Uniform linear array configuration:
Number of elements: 24
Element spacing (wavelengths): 0.25
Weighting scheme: blackman
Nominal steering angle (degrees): -45
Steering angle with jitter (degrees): -44.961
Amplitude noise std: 0.05
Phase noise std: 0.05

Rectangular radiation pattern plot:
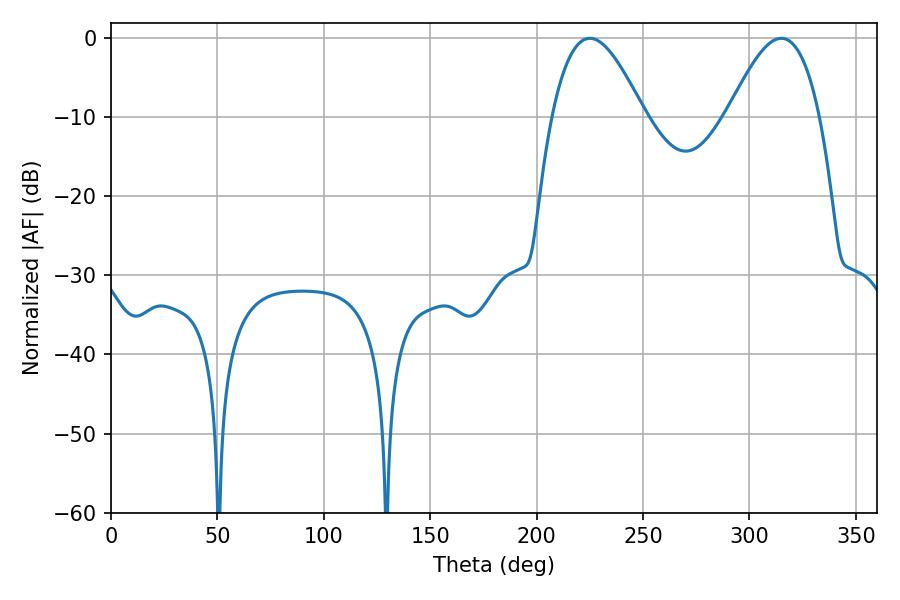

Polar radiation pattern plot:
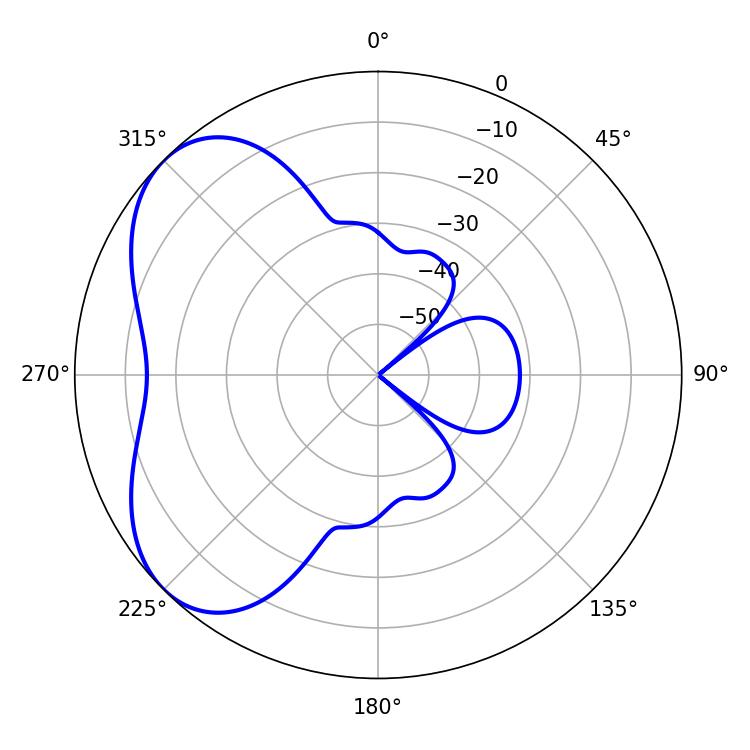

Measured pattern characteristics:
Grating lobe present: FALSE
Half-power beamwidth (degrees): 23.4
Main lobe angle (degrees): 225